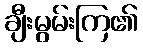
ချီးမွမ်းကြ၏